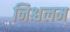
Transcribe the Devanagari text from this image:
निश्चलम्